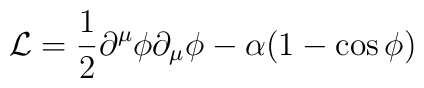
{\cal L}= \frac{1}{2}\partial^\mu \phi \partial_\mu \phi-\alpha(1-\cos\phi)